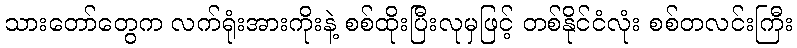
သားတော်တွေက လက်ရုံးအားကိုးနဲ့ စစ်ထိုးပြီးလုမှဖြင့် တစ်နိုင်ငံလုံး စစ်တလင်းကြီး